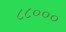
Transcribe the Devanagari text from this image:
८८०००